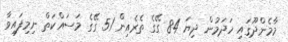
މާމެންދޫގައި ހަދަމުން ދިޔަ 84 ގޭގެ ތެރެއިން 51 ގޭގެ މަސައްކަތް ނިމިފައިވާ